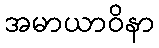
အမာယာဝိနာ